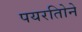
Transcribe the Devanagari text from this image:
पयरतिोने